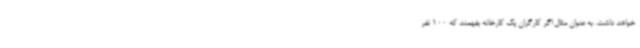
خواهد داشت. به عنوان مثال اگر کارگران یک کارخانه بفهمند که 100 نفر